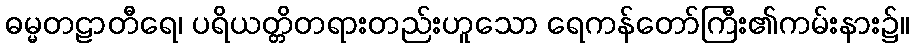
ဓမ္မတဠာတီရေ၊ ပရိယတ္တိတရားတည်းဟူသော ရေကန်တော်ကြီး၏ကမ်းနား၌။